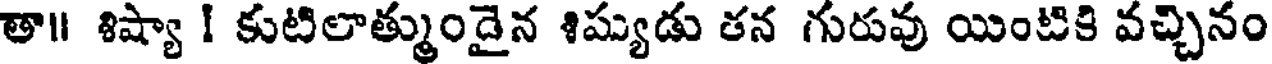
తా॥ శిష్యా ! కుటిలాత్ముండైన శిష్యుడు తన గురువు యింటికి వచ్చినం